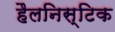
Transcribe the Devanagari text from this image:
हैलनिस्टिक